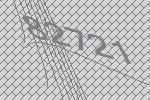
82721